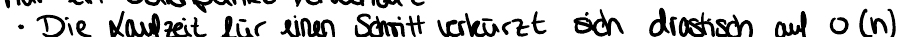
Die Laufzeit für einen Schritt verkürzt sich drastisch auf o (n)